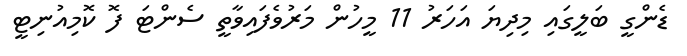
ޑެންގީ ބަލީގައި މިދިޔަ އަހަރު 11 މީހުން މަރުވެފައިވާތީ ސެންޓަ ފޮ ކޮމިއުނިޓީ